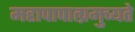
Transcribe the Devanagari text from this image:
महापापात्प्रमुच्यते